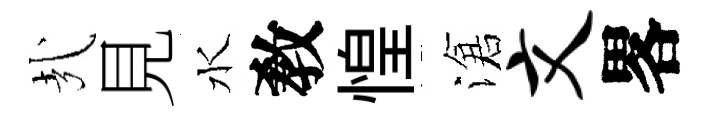
㢤見水敎惶滄文畧